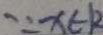
\because x \in k